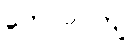
တော်ဝင်ကျဲ